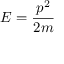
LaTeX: E = { \frac { p ^ { 2 } } { 2 m } }